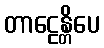
တာဠေန္တိပေ